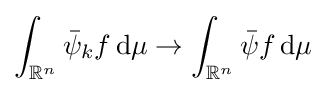
\int _{\mathbb {R} ^{n}}{\bar {\psi }}_{k}f\,\mathrm {d} \mu \to \int _{\mathbb {R} ^{n}}{\bar {\psi }}f\,\mathrm {d} \mu